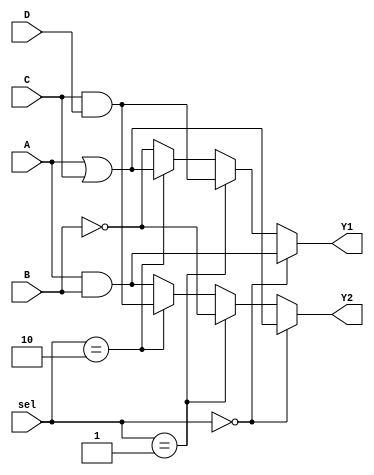
module CLB (
    input wire A,       // Input A
    input wire B,       // Input B
    input wire C,       // Input C
    input wire D,       // Input D
    input wire [1:0] sel, // Selection lines for multiplexing
    output wire Y1,     // Output Y1
    output wire Y2      // Output Y2
);
    
    // Internal wires for logic gates
    wire and_out1, and_out2;
    wire or_out1, or_out2;
    wire not_out1, not_out2;

    // Logic element configurations
    assign and_out1 = A & B;       // AND operation
    assign and_out2 = C & D;       // AND operation
    assign or_out1 = A | C;        // OR operation
    assign not_out1 = ~B;           // NOT operation

    // Multiplexer logic to select outputs based on 'sel' input
    assign Y1 = (sel == 2'b00) ? and_out1 :
                (sel == 2'b01) ? and_out2 :
                (sel == 2'b10) ? or_out1 :
                not_out1; // Default to NOT operation if sel is 11
    
    assign Y2 = (sel == 2'b00) ? or_out1 :
                (sel == 2'b01) ? not_out1 :
                (sel == 2'b10) ? and_out2 :
                and_out1; // Default to AND operation if sel is 11

endmodule